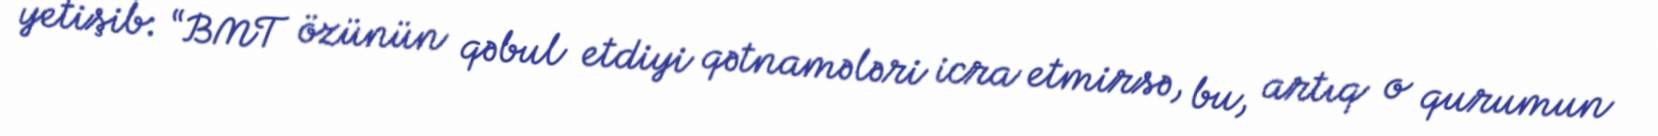
yetişib: “BMT özünün qəbul etdiyi qətnamələri icra etmirsə, bu, artıq o qurumun